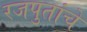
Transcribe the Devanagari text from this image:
रजपुतांचे